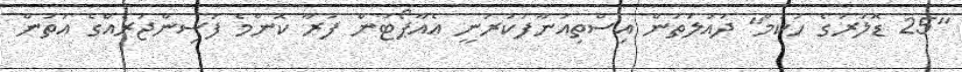
"25 ޑޮލަރުގެ ހުކުމް" ދައުލަތުން އިސްތިއުނާފުކުރަނީ އެއާޕޯޓުން ފުރާ ކޮންމެ ފަސިންޖަރެއްގެ އަތުން